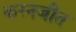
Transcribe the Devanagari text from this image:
करनजीत